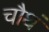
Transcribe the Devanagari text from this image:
चौथं